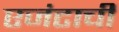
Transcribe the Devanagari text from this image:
एजंटाची